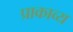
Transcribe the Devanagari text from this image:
प्राकाव्य